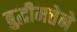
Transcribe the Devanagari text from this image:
बुद्धीमत्तेने